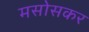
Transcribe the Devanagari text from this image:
मसोसकर